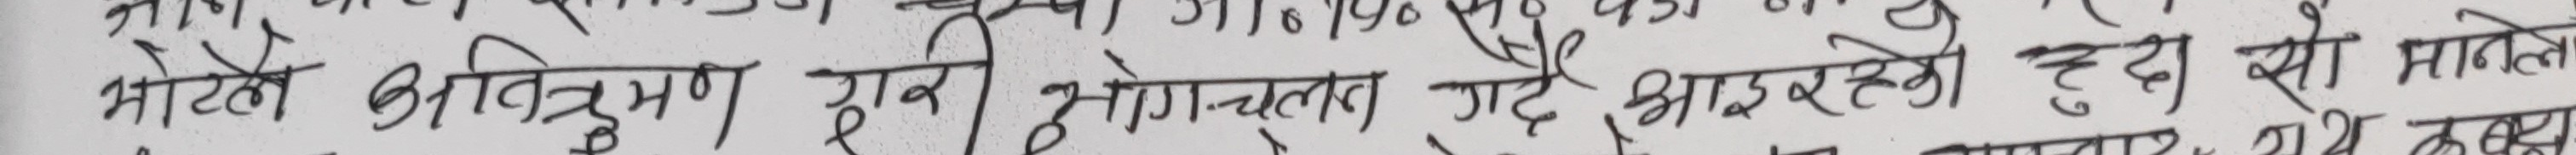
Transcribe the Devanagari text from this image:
भोटे अविक्रम रुची भोगचलन गर्दै आइरहेको हुदा सो मानेको